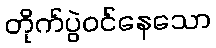
တိုက်ပွဲဝင်နေသော